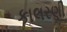
કાલરણી